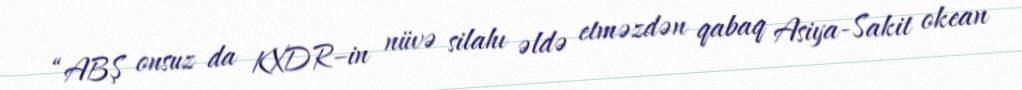
“ABŞ onsuz da KXDR–in nüvə silahı əldə etməzdən qabaq Asiya-Sakit okean